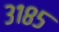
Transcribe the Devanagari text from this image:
३१८५